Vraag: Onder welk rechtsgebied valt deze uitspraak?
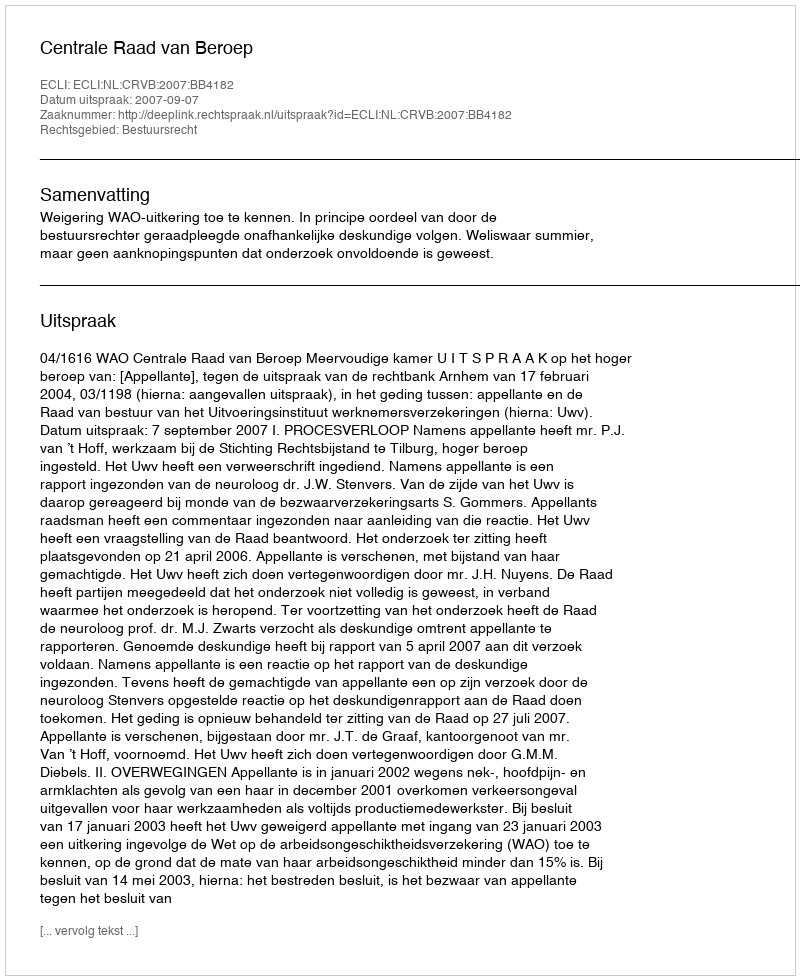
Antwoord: Bestuursrecht